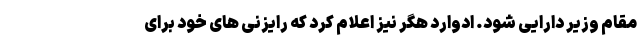
مقام وزیر دارایی شود. ادوارد هگر نیز اعلام کرد که رایزنی های خود برای